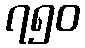
၇၅၀